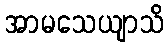
အာမသေယျာသိ